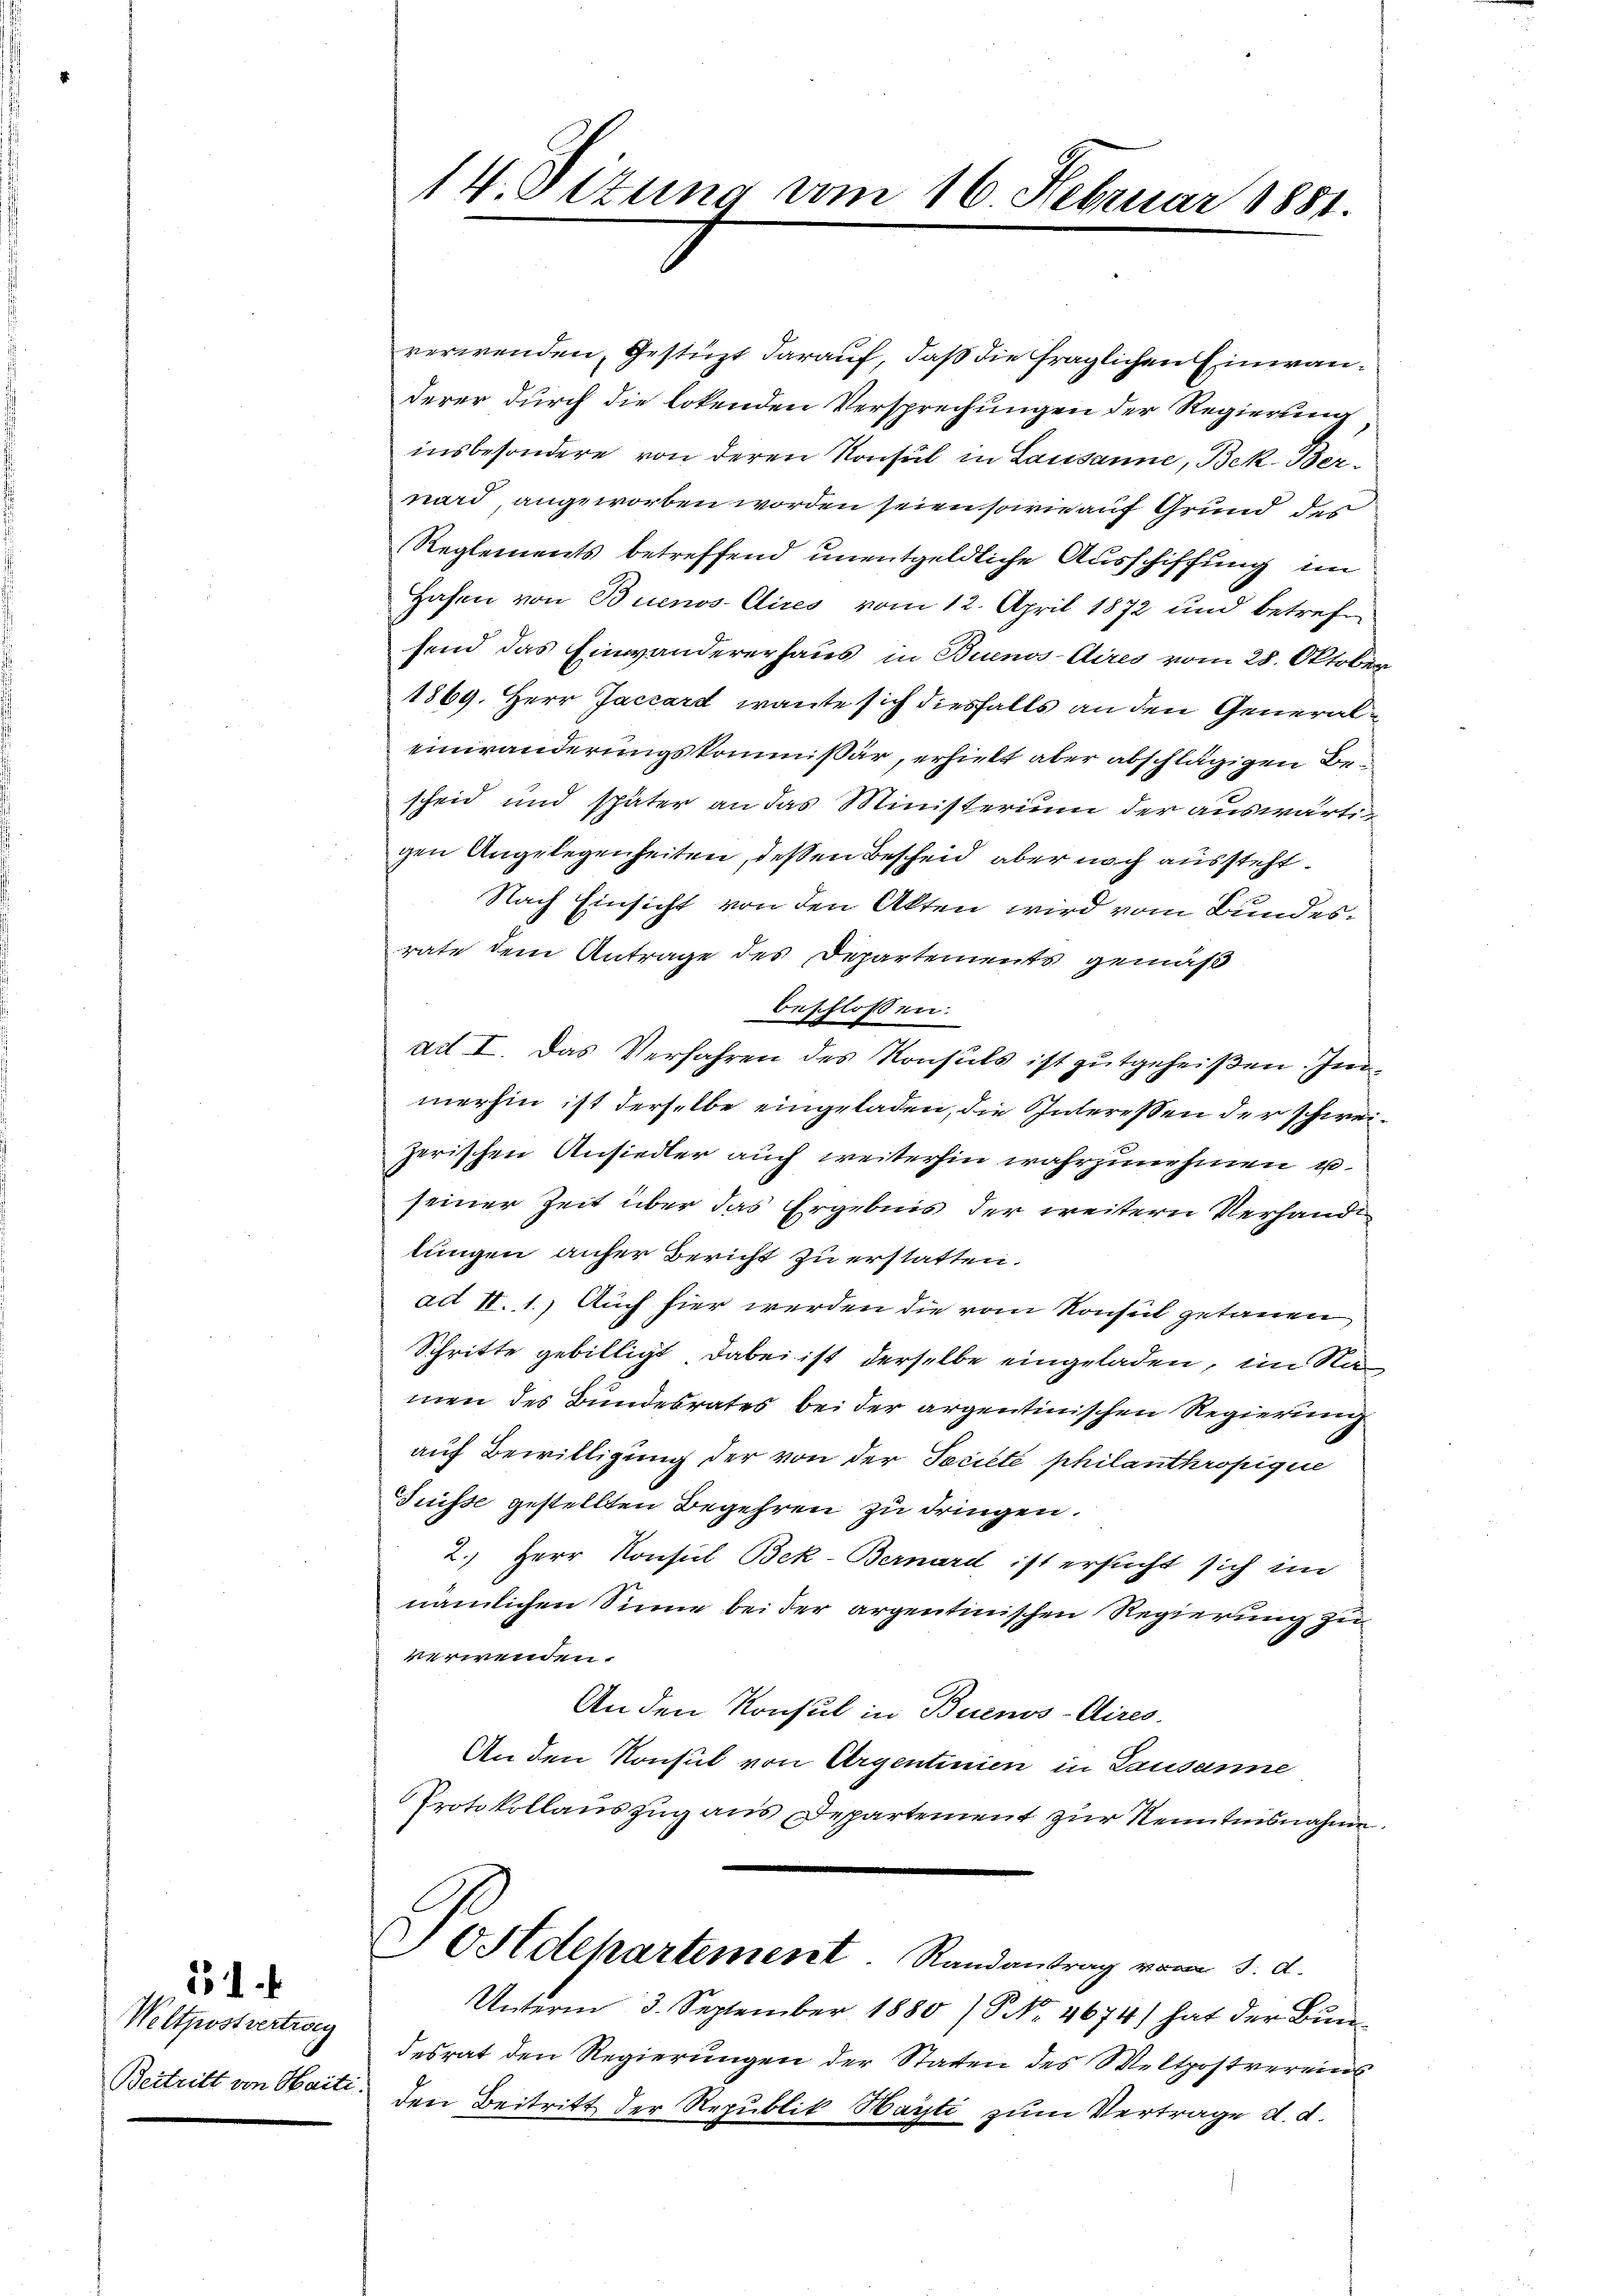
Weltpostvertweg
Beitritt von Saite

51

14. Sitzung vom 16. Februar 1881.

verwenden, Gestüzt darauf, daß die fraglichen Einwanderer durch die lotenden Versprechungen der Regierung
insbesondere von deren Konsul in Lausanne, Bek. Bernard angeworben worden seien sowie auf Grund des
Reglements betreffend unentgeldliche Ausschiffung im
Hafen von Buenos-Cires vom 12. April 1872 und betrefsend das Einwandererhaus in Buenos-Aires vom 28. Oktober
1869. Herr Jaccard wante sich diesfalls an den Generaleinwanderungskommissär, erhielt aber abschlägigen Bescheid und später an das Ministerium der auswärtigen Angelegenheiten, dessen Bescheid aber noch aussteht.
Nach Einsicht von den Akten wird vom Bundesrate dem Antrage des Departements gemäß
beschlossen:
ad I. Das Verfahren des Konsuls ist gutgeheißen. Inmerhin ist derselbe eingeladen, die Interessen der schweizerischen Ansiedler auch weiterhin wahrzunehmen u.
seiner Zeit über das Ergebnis der weitern Verhandl
lungen anher Bericht zu erstatten.
ad II. 1.) Auch hier werden die vom Konsul getauen
Schritte gebilligt dabei ist derselbe eingeladen, im Namen des Bundesrates bei der argentinischen Regierung
auf Bewilligung der von der Societe philanthropigue
Suisse gestellten Begehren zu dringen.
2.) Herr Konseil Bek-Bernard ist ersucht sich im
nämlichen Sinne bei der argentinischen Regierung zu
verwenden.
An den Konsul in Buenos-Aires.
An den Konsul von Argentinien in Lausanne
Protokollauszug aus Departement zur Kenntnisnahme.
SStdchartement Randantrag vom 5. d.
Unterm 3. September 1880 / NNo. 4674) hat der Bun
desrat den Regierungen der Staten des Weltpostvereins
den Beitritt der Republik Hayti zum Vertrage d. d.